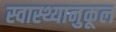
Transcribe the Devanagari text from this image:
स्वास्थ्यानुकूल